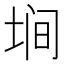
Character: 𱖲